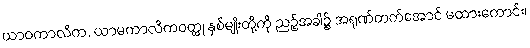
ယာဝကာလိက, ယာမကာလိကဝတ္ထု နှစ်မျိုးတို့ကို ညဉ့်အခါ၌ အရုဏ်တက်အောင် မထားကောင်း၊